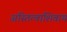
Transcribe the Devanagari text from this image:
अस्तित्वाशिवाय